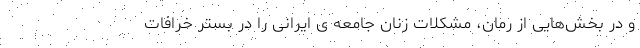
و در بخش­هایی از رمان، مشکلات زنان جامعه ی ایرانی را در بستر خرافات